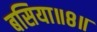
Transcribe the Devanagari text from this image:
बसिया॥८॥